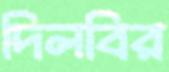
দিলবির